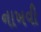
નાખવી